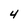
Character: 4